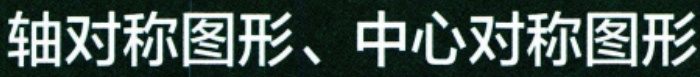
轴对称图形、中心对称图形